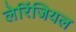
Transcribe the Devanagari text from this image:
लेरिंजियल